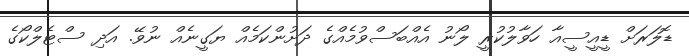
ޑޮލަރަށް ޑީއީސީއާ ހަވާލުކުރީ ލޯނު އެއްބަސްވުމެއްގެ ދަށުންކަމެއް ޔަގީނެއް ނުވޭ. އަދި ސްޓެލްކޯގެ